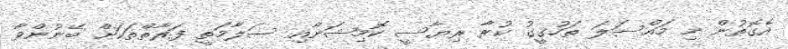
އެގޮތުން މި މައްސަލަ ތަހުގީގު ކުރާ ރިޔާސީ ކޮމިޝަނާއި ސަލާމަތީ ފަރާތްތަކަށް ބޭނުންވާ